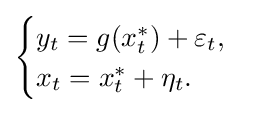
{\begin{cases}y_{t}=g(x_{t}^{*})+\varepsilon _{t},\\x_{t}=x_{t}^{*}+\eta _{t}.\end{cases}}